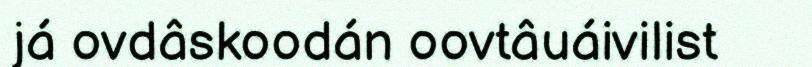
já ovdâskoodán oovtâuáivilist